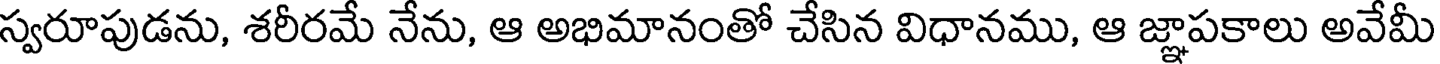
స్వరూపుడను, శరీరమే నేను, ఆ అభిమానంతో చేసిన విధానము, ఆ జ్ఞాపకాలు అవేమీ